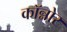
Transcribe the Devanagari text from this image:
कॉन्नोर